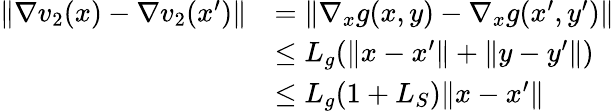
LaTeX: \begin{array}{rl}{\| \nabla v_{2}(x)-\nabla v_{2}(x^{\prime})\| }&{=\| \nabla_{x}g(x,y)-\nabla_{x}g(x^{\prime},y^{\prime})\| }\\ &{\leq L_{g}(\| x-x^{\prime}\| +\| y-y^{\prime}\| )}\\ &{\leq L_{g}(1+L_{S})\| x-x^{\prime}\| }\end{array}